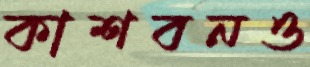
কাশবনও